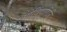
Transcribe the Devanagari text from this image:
गोविंदागिरि